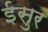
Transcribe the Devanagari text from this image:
ईसुर